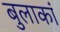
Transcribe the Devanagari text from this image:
बुलाकां